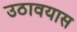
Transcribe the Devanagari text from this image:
उठावयास